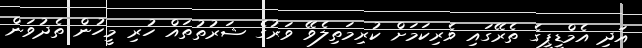
އަދި އެމްޑީޕީގެ ތެރޭގައި ވެރިކަމަށް ކުރިމަތިލެވޭ ވަރުގެ ޝަރުތުތައް ހުރި މީހުން ތެދުވަން